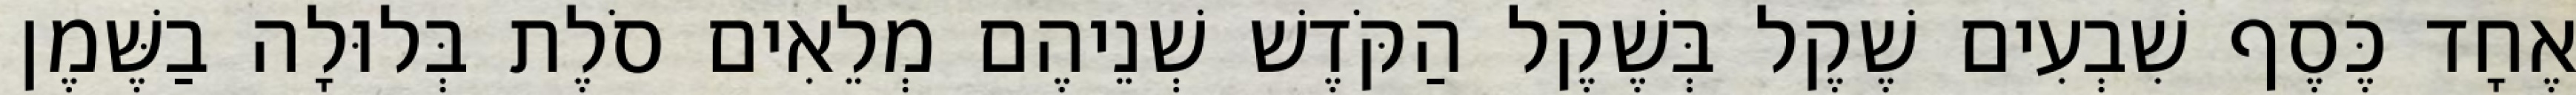
אֶחָד כֶּסֶף שִׁבְעִים שֶׁקֶל בְּשֶׁקֶל הַקֹּדֶשׁ שְׁנֵיהֶם מְלֵאִים סֹלֶת בְּלוּלָה בַשֶּׁמֶן